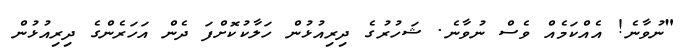
"ނުވާނެ! އެއްކަމެއް ވެސް ނުވާނެ. ޝަހުރުގެ ދިރިއުޅުން ހަލާކުކޮށްފަ ދެން އަހަރެންގެ ދިރިއުޅުން